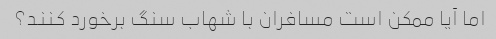
اما آیا ممکن است مسافران با شهاب سنگ برخورد کنند؟